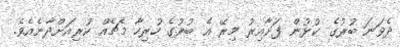
ދެވަނަ ބުރުގެ ކުޅުން ފަށާއިރު މިރޭ އެ ބުރުގެ ހުރިހާ މެޗެއް ކުރިއަށްދާނެއެވެ.